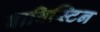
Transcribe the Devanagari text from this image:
बाविस्टिन